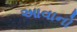
આવાનો